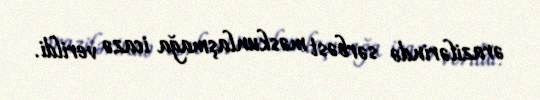
ərazilərində sərbəst məskunlaşmağa icazə verildi.